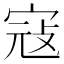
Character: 寇